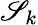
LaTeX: \mathscr{S}_{k}